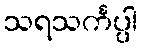
သရသင်္ကပ္ပါ